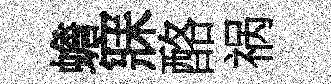
蟾寐酪祸